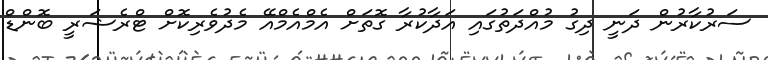
ސަރުކާރުން ދަނީ ދިގު މުއްދަތުގައި އަދާކުރާ ގޮތަށް އެމްއެމްއޭ މެދުވެރިކޮށް ޓްރެޝަރީ ބޮންޑް